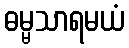
ဓမ္မသာရမယံ